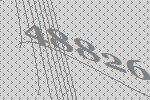
48826